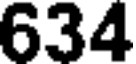
634